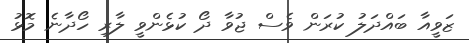
ޒަވީއާ ބައްދަލު ކުރަން ވެސް ޖުވާ ދޯ ކުޅެންވީ ލާރި ހޯދާނެ މޮޅު